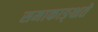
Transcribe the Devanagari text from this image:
समाकाङ्क्षते